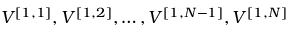
V ^ { [ { 1 } , { 1 } ] } , V ^ { [ { 1 } , { 2 } ] } , \ldots , V ^ { [ { 1 } , { N - 1 } ] } , V ^ { [ { 1 } , { N } ] }